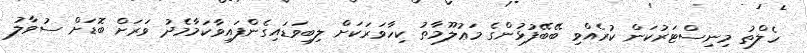
ހެލްތު މިނިސްޓަރުކަން ކުރެއްވި ބޭބޭފުޅުންގެ މަޢުލޫމާތު ކިހާވަރަކަށް ލިބިވަޑައިގެންފައިވާކަމާމެދު ވަރަށް ބޮޑަށް ސުވާލު